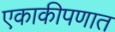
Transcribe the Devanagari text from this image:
एकाकीपणात